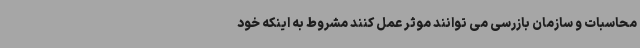
محاسبات و سازمان بازرسی می توانند موثر عمل کنند مشروط به اینکه خود